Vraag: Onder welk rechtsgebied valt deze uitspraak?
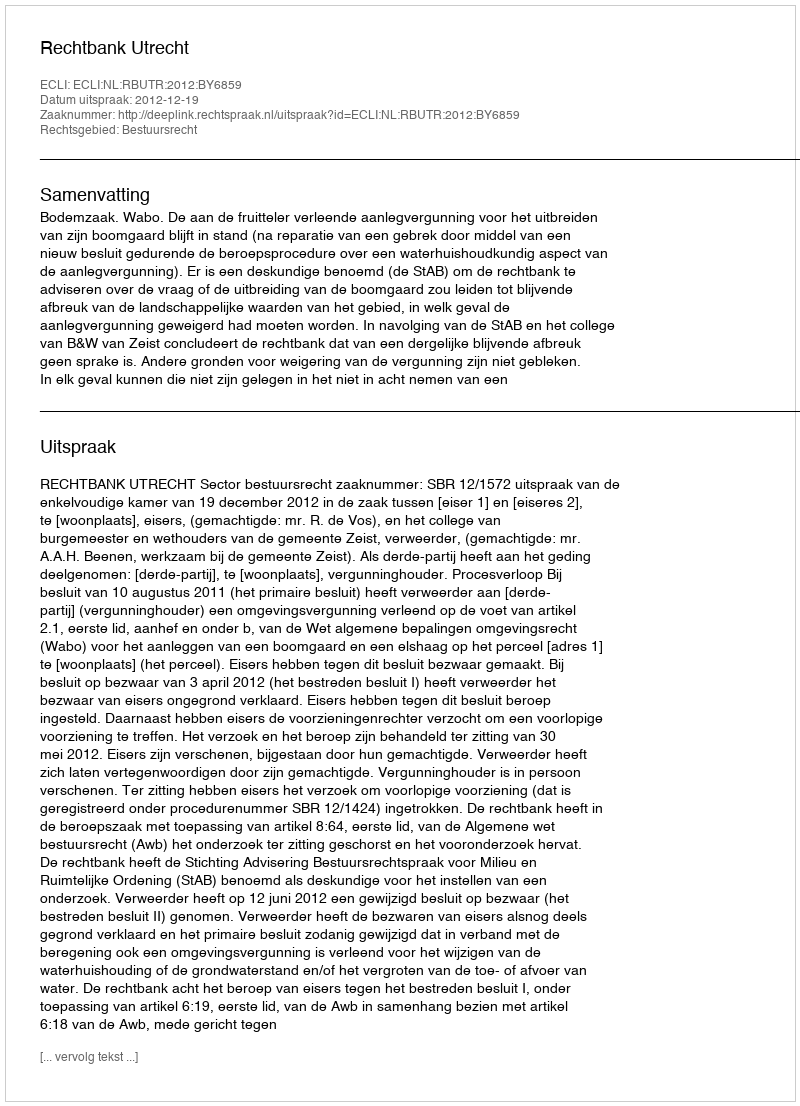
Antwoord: Bestuursrecht